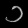
Digit: ၁